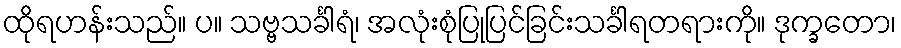
ထိုရဟန်းသည်။ ပ။ သဗ္ဗသင်္ခါရံ၊ အလုံးစုံပြုပြင်ခြင်းသင်္ခါရတရားကို။ ဒုက္ခတော၊